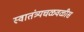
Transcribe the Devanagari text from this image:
स्वातंत्र्यचळवळीस